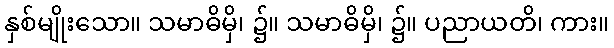
နှစ်မျိုးသော။ သမာဓိမှိ၊ ၌။ သမာဓိမှိ၊ ၌။ ပညာယတိ၊ ကား။